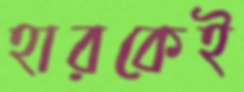
হারকেই